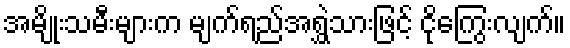
အမျိုးသမီးများက မျက်ရည်အရွှဲသားဖြင့် ငိုကြွေးလျက်။